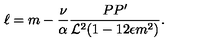
\ell = m - \frac { \nu } { \alpha } \frac { P P ^ { \prime } } { { \cal L } ^ { 2 } ( 1 - 1 2 \epsilon m ^ { 2 } ) } .